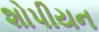
શોપીયન